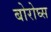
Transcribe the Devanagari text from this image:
बोरोघ्स